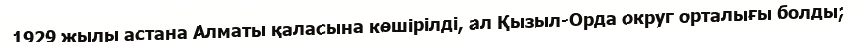
1929 жылы астана Алматы қаласына көшірілді, ал Қызыл-Орда округ орталығы болды;